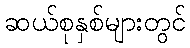
ဆယ်စုနှစ်များတွင်